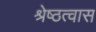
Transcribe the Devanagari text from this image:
श्रेष्ठत्वास